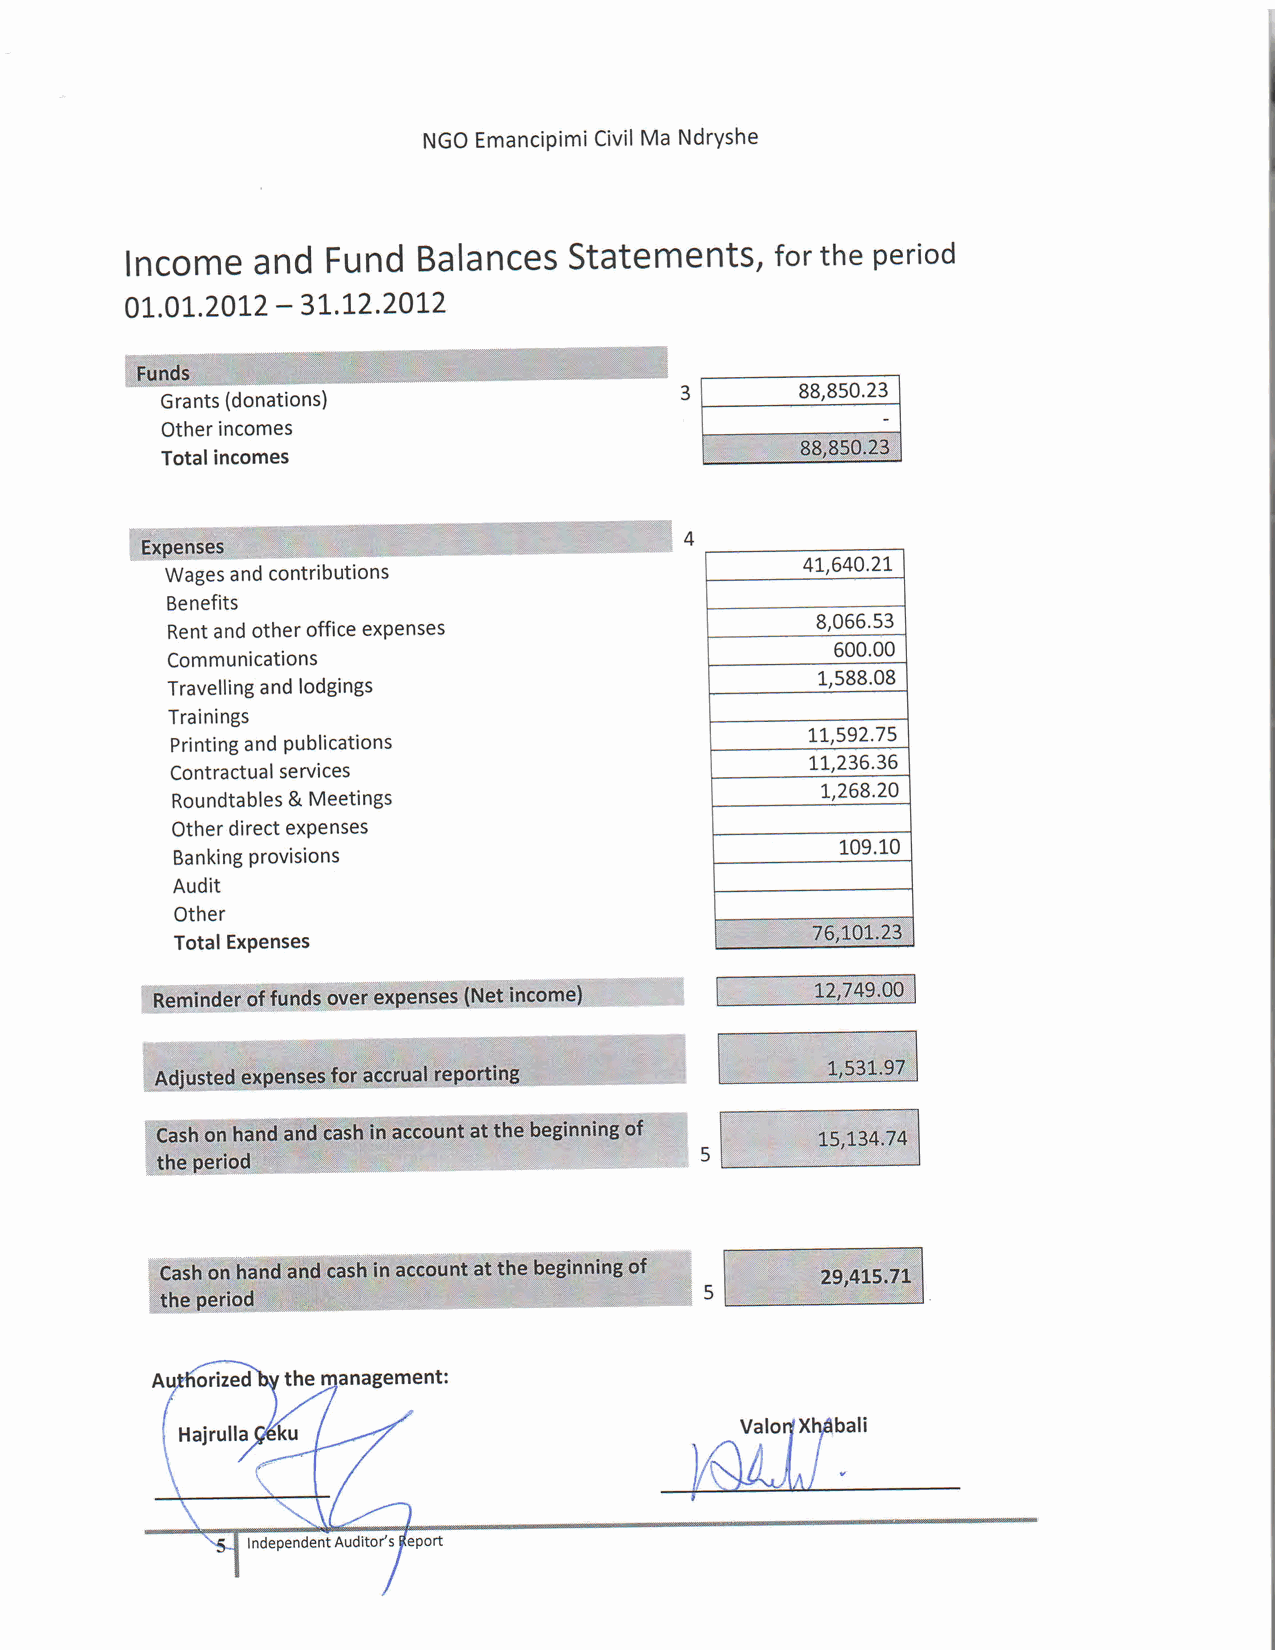
NGOE mancipimCii viMl a NdrYshe
 lncomea    ndF  undB  alanceSst  atementfsor,t he period
 -
 01.01.2t02  31.t2.20t2
 ffi
 3       88,8s0.23
 Grants(d onations)
 Otheri ncomes
 +#  @8*8$$,4t
 ry
 Totalincomes
 *ffi#,F$t 'l,                       o
 "'
 41,640.2L
 Wagesa ndc ontributions
 Benefits
 8,066.53
 Renta ndo thero fficee xpenses
 600.00
 Communications
 1,588.08
 Travellinagn dl odgings
 Trainings
 r1,592.75
 Printinga ndP ublications
 r1,236.36
 Contractuasle rvices
 r,268.20
 Roundtable&s M eetings
 Otherd irecte xpenses
 109.10
 Bankinpgr ovisions
 Audit
 Other
 .3 T 7e1o-r,23r
 TotalE xpenses
 ruf{ s*igF; $t    ,j
 .4s' ffi. +-( 1k-i
 ",r:,wl